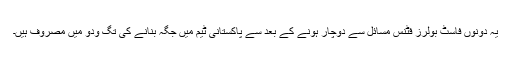
یہ دونوں فاسٹ بولرز فٹنس مسائل سے دوچار ہونے کے بعد سے پاکستانی ٹیم میں جگہ بنانے کی تگ ودو میں مصروف ہیں۔